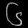
Digit: ၆